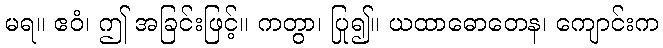
မရ။ ဧဝံ၊ ဤ အခြင်းဖြင့်။ ကတွာ၊ ပြု၍။ ယထာဓောတေန၊ ကျောင်းက